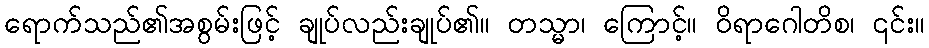
ရောက်သည်၏အစွမ်းဖြင့် ချုပ်လည်းချုပ်၏။ တသ္မာ၊ ကြောင့်။ ဝိရာဂေါတိစ၊ ၎င်း။